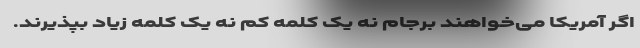
اگر آمریکا می‌خواهند برجام نه یک کلمه کم نه یک کلمه زیاد بپذیرند.